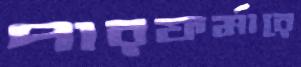
পারফর্মারে